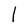
Character: l